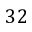
3 2